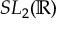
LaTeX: S L _ { 2 } ( \mathbb { R } )